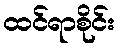
ထင်ရာစိုင်း